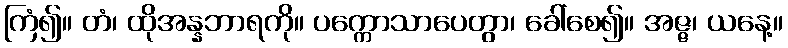
ကြံ၍။ တံ၊ ထိုအန္နဘာရကို။ ပက္ကောသာပေတွာ၊ ခေါ်စေ၍။ အဇ္ဇ၊ ယနေ့။